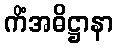
ကိံအဓိဋ္ဌာနာ